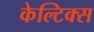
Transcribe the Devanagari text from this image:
केल्टिक्स